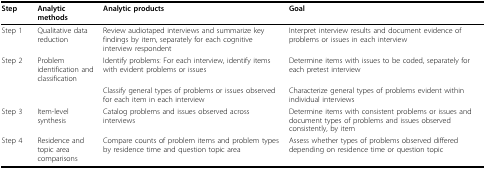
<table><thead><tr><td><b>Step</b></td><td><b>Analytic methods</b></td><td><b>Analytic products</b></td><td><b>Goal</b></td></tr></thead><tbody><tr><td>Step 1</td><td>Qualitative data reduction</td><td>Review audiotaped interviews and summarize key findings by item, separately for each cognitive interview respondent</td><td>Interpret interview results and document evidence of problems or issues in each interview</td></tr><tr><td>Step 2</td><td>Problem identification and classification</td><td>Identify problems: For each interview, identify items with evident problems or issues</td><td>Determine items with issues to be coded, separately for each pretest interview</td></tr><tr><td></td><td></td><td>Classify general types of problems or issues observed for each item in each interview</td><td>Characterize general types of problems evident within individual interviews</td></tr><tr><td>Step 3</td><td>Item-level synthesis</td><td>Catalog problems and issues observed across interviews</td><td>Determine items with consistent problems or issues and document types of problems and issues observed consistently, by item</td></tr><tr><td>Step 4</td><td>Residence and topic area comparisons</td><td>Compare counts of problem items and problem types by residence time and question topic area</td><td>Assess whether types of problems observed differed depending on residence time or question topic</td></tr></tbody></table>